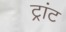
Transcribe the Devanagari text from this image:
ट्रांट